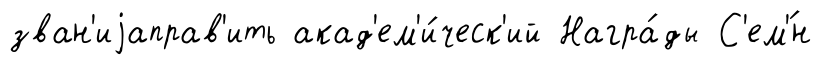
зван'иjаправ'ить акад'ем'и́ческ'ий Награ́ды С'ем'́н